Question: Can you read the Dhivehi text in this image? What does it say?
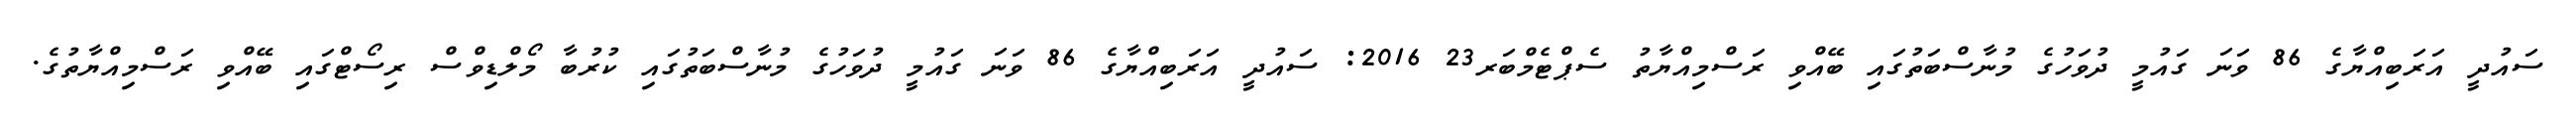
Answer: ސައުދީ އަރަބިއްޔާގެ 86 ވަނަ ގައުމީ ދުވަހުގެ މުނާސްބަތުގައި ބޭއްވި ރަސްމިއްޔާތު ސެޕްޓެމްބަރ23 2016: ސައުދީ އަރަބިއްޔާގެ 86 ވަނަ ގައުމީ ދުވަހުގެ މުނާސްބަތުގައި ކުރުބާ މޯލްޑިވްސް ރިސޯޓްގައި ބޭއްވި ރަސްމިއްޔާތުގެ.